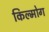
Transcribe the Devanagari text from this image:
किल्मोग